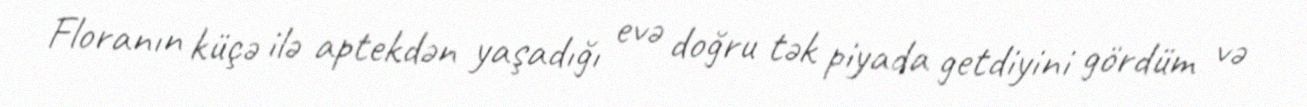
Floranın küçə ilə aptekdən yaşadığı evə doğru tək piyada getdiyini gördüm və